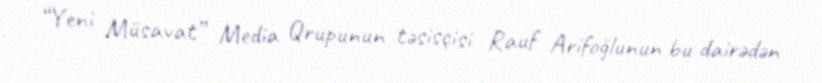
“Yeni Müsavat” Media Qrupunun təsisçisi Rauf Arifoğlunun bu dairədən